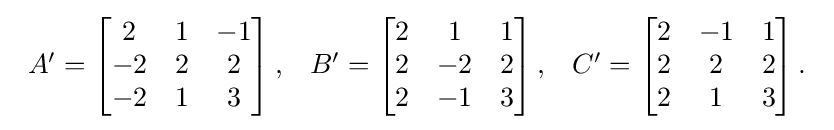
{\begin{array}{lcr}A'={\begin{bmatrix}2&1&-1\\-2&2&2\\-2&1&3\end{bmatrix}}\,,&B'={\begin{bmatrix}2&1&1\\2&-2&2\\2&-1&3\end{bmatrix}}\,,&C'={\begin{bmatrix}2&-1&1\\2&2&2\\2&1&3\end{bmatrix}}\,.\end{array}}